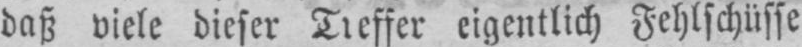
daß viele dieser Treffer eigentlich Fehlschüsse